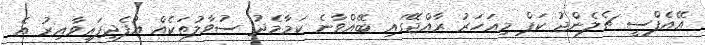
އޭއެފްސީ ޗެލެންޖު ކަޕް މިއަހަރު ރާއްޖޭގައި ބޭއްވާނެ ކަމާމެދު ސުވާލުތަކެއް އުފެދިފައިވާއިރު އެ